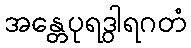
အန္တေပုရဒွါရဂတံ